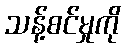
သန့်စင်မှုကို